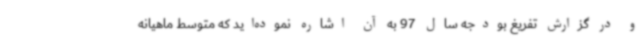
و در گزارش تفریغ بودجه سال 97 به آن اشاره نموده‌اید که متوسط ماهیانه